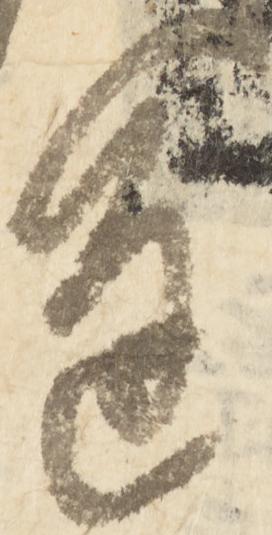
進